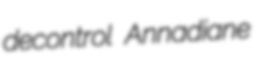
decontrol Annadiane